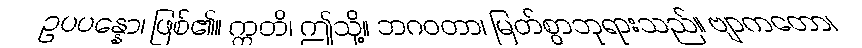
ဥပပန္နော၊ ဖြစ်၏။ ဣတိ၊ ဤသို့။ ဘဂဝတာ၊ မြတ်စွာဘုရားသည်။ ဗျာကတော၊